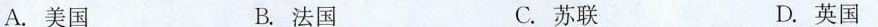
A.美国 B.法国 C.苏联 D.英国